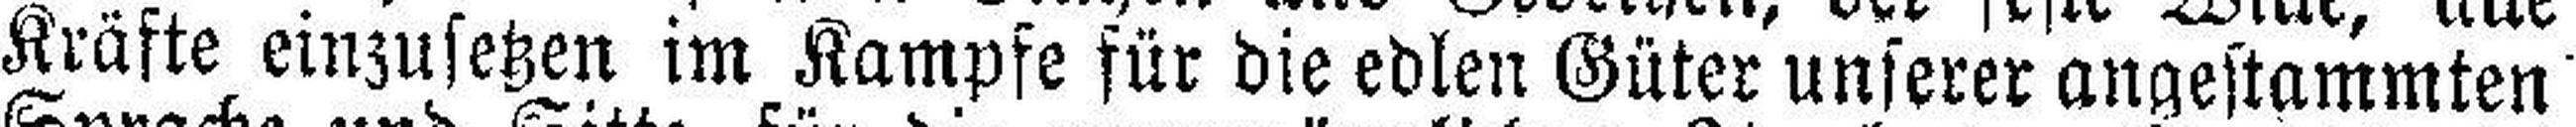
Kräfte einzusetzen im Kampfe für die edlen Güter unserer angestammten